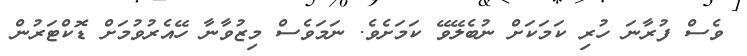
ވެސް ފުރާނަ ހުރި ކަމަކަށް ނުބެލޭވޭ ކަމަށެވެ. ނަމަވެސް މިޒުވާނާ ހޭއެރުވުމަށް ޑޮކްޓަރުން